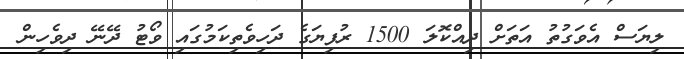
ލިޔަސް އެވަގުތު އަތަށް ދިއްކޮލަ 1500 ރުފިޔަގެ ދަހިވެތިކަމުގައި ވޯޓު ދޭނޭ ދިވެހިން